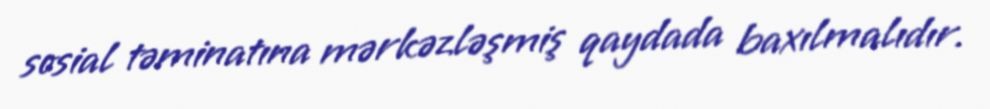
sosial təminatına mərkəzləşmiş qaydada baxılmalıdır.